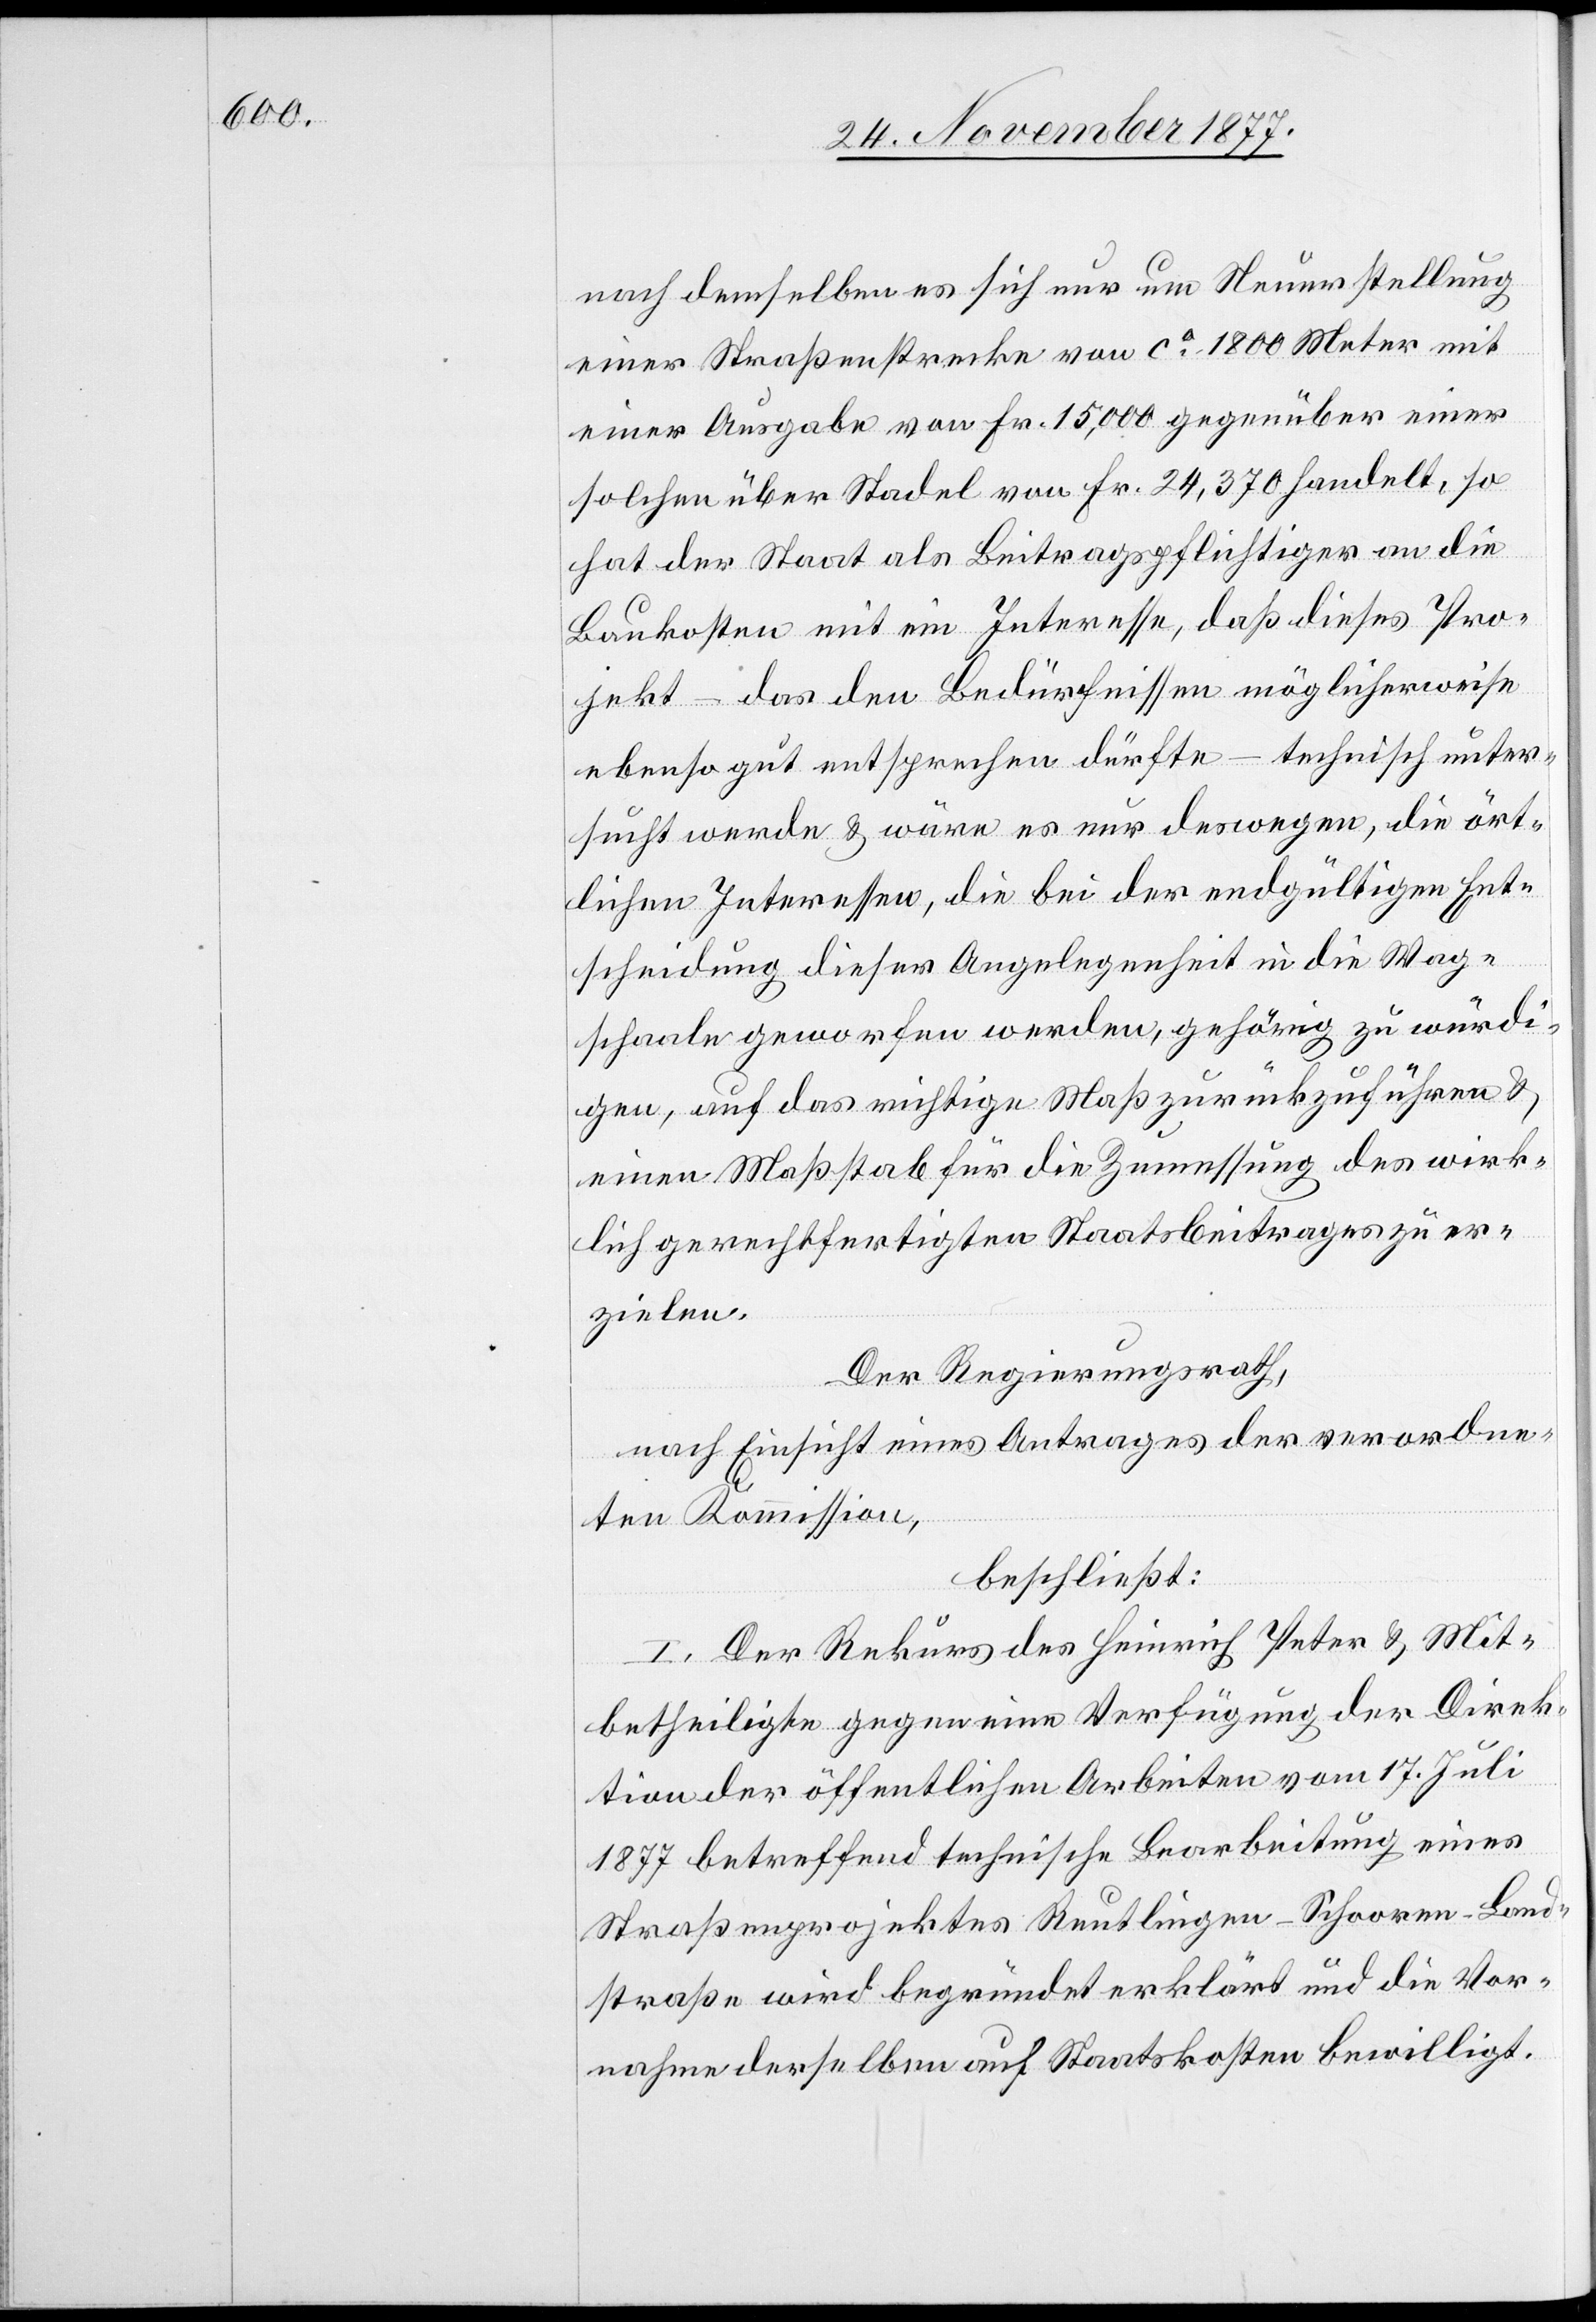
nach demselben es sich nur um Neuerstellung
einer Straßenstrecke von ca 1800 Meter mit
einer Ausgabe von Fr. 15,000 gegenüber einer
solchen über Stadel von Fr. 24,370 handelt, so
hat der Staat als Beitragspflichtiger an die
Baukosten mit ein Interesse, daß dieses Pro¬
jekt – das den Bedürfnissen möglicherweise
ebenso gut entsprechen dürfte – technisch unter¬
sucht werde & wäre es nur deswegen, die ört¬
lichen Interessen, die bei der endgültigen Ent¬
scheidung dieser Angelegenheit in die Wag¬
schaale geworfen werden, gehörig zu würdi¬
gen, auf das richtige Maß zurückzuführen &
einen Maßstab für die Zumessung des wirk¬
lich gerechtfertigten Staatsbeitrages zu er¬
zielen.
Der Regierungsrath,
nach Einsicht eines Antrages der verordne¬
ten Kommission,
beschließt:
I. Der Rekurs des Heinrich Peter & Mit¬
betheiligte gegen eine Verfügung der Direk¬
tion der öffentlichen Arbeiten vom 17. Juli
1877 betreffend technische Bearbeitung eines
Straßenprojektes Reutlingen–Schooren–Land¬
straße wird begründet erklärt und die Vor¬
nahme derselben auf Staatskosten bewilligt.